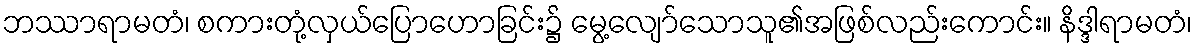
ဘဿာရာမတံ၊ စကားတုံ့လှယ်ပြောဟောခြင်း၌ မွေ့လျော်သောသူ၏အဖြစ်လည်းကောင်း။ နိဒ္ဒါရာမတံ၊